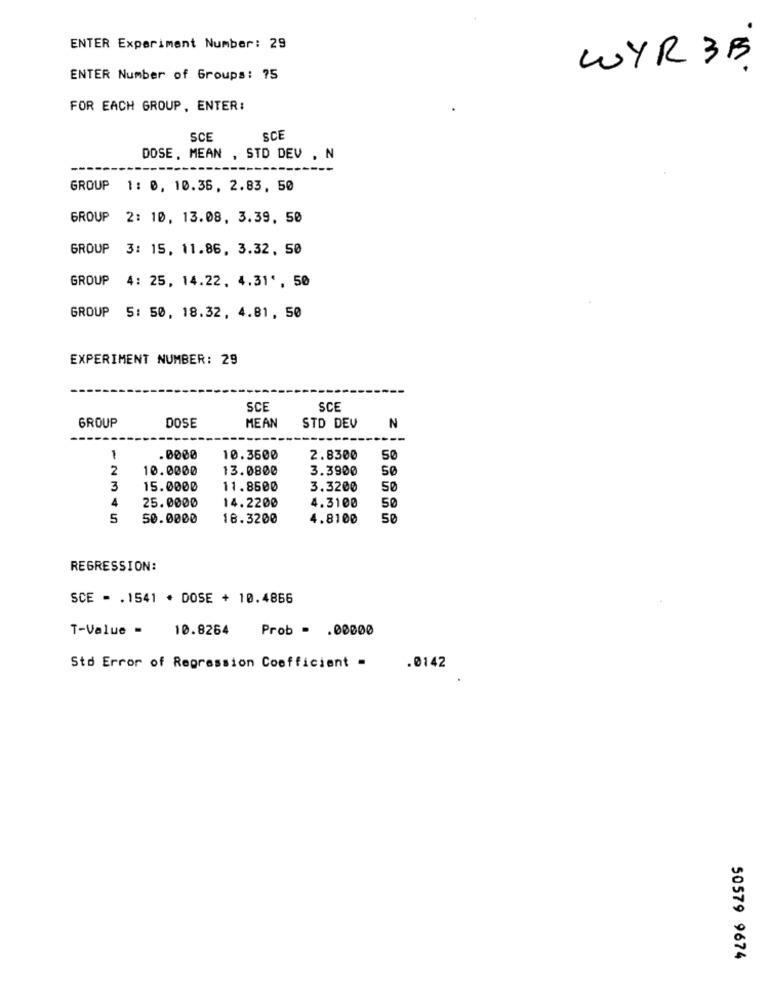
ENTER Experiment Number: 29
WYR 3B
ENTER Number of Groups: 75
FOR EACH GROUP, ENTER:
SCE
SCE
DOSE, MEAN , STD DEV . N
GROUP 1: 0, 10.36, 2.83, 50
GROUP 2: 10, 13.08. 3.39, 50
GROUP 3: 15, 11.86, 3.32, 50
GROUP 4: 25, 14.22. 4.31', 50
GROUP 5: 50, 18.32, 4.81, 50
EXPERIMENT NUMBER: 29
SCE
SCE
GROUP
DOSE
MEAN
STD DEV
N
1
.0000
10.3600
2.8300
50
2
10.0000
13.0800
3.3900
50
3
15.0000
11.8600
3.3200
50
4
25.0000
14.2200
4.3100
50
5
50.0000
18.3200
4.8100
50
REGRESSION:
SCE - . 1541 · DOSE + 10.4866
T-Value =
10.8264
Prob - . 00000
Sto Error of Regression Coefficient =
.0142
50579 9674